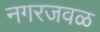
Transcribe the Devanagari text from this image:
नगरजवळ